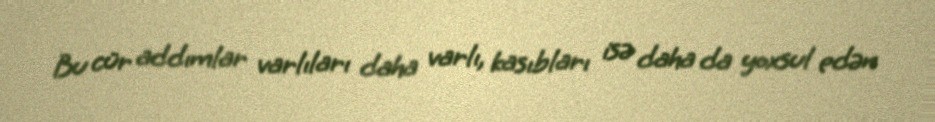
Bu cür addımlar varlıları daha varlı, kasıbları isə daha da yoxsul edən